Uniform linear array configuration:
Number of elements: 48
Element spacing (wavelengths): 1
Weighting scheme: binomial
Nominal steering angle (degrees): -15
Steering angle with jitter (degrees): -15.809
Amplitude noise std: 0.05
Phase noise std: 0.05

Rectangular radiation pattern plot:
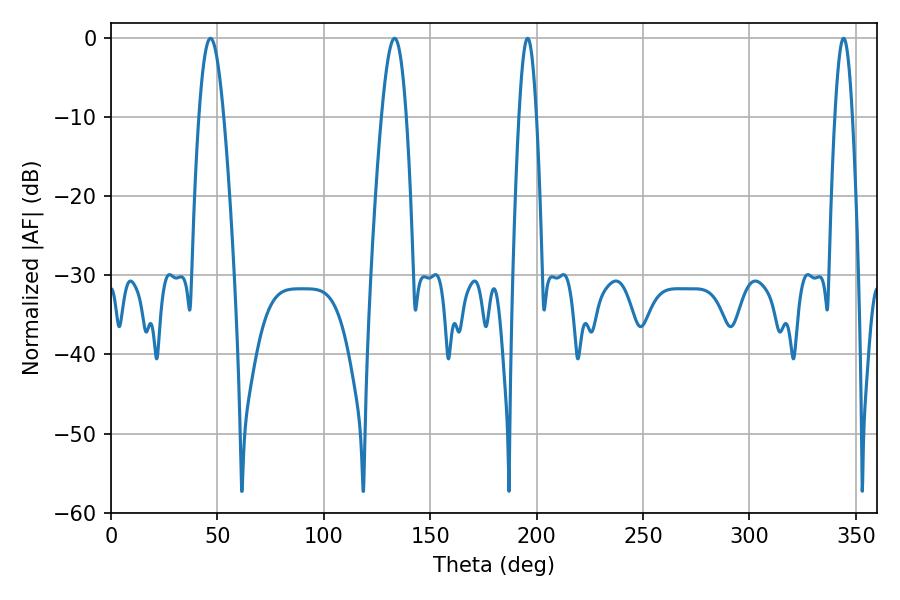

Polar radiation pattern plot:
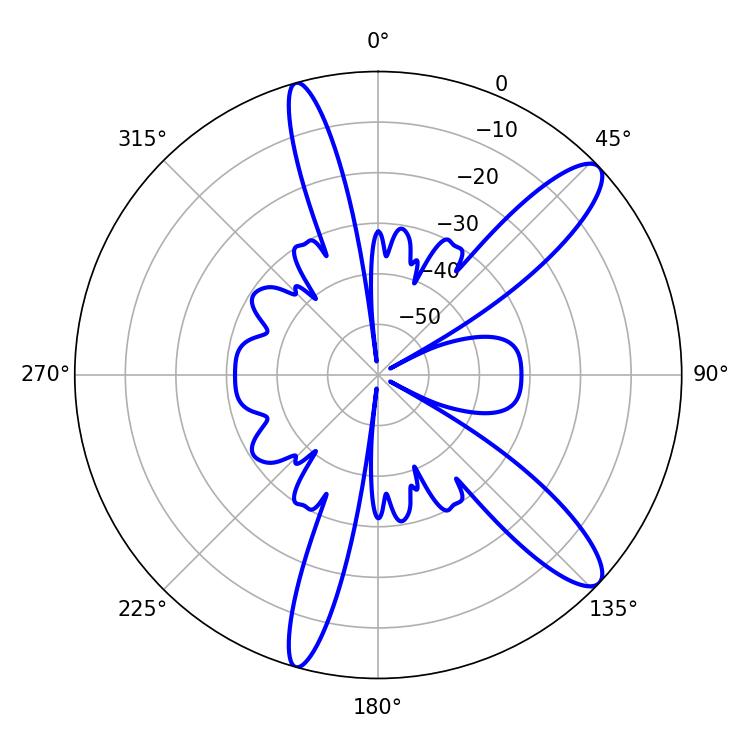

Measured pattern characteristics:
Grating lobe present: TRUE
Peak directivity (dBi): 11.922
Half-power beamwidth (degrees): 6.3
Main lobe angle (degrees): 46.8